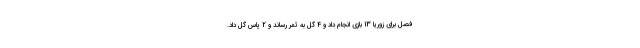
فصل برای زوریا 13 بازی انجام داد و 4 گل به ثمر رساند و 2 پاس گل داد.